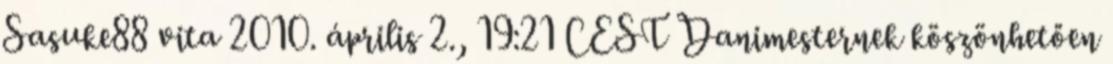
Sasuke88 vita 2010. április 2., 19:21 CEST Danimesternek köszönhetően